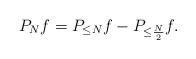
LaTeX: \begin{align*}P_Nf=P_{\leq N}f-P_{\leq \frac{N}{2}}f.\end{align*}